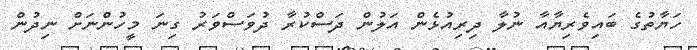
ހަޔާތުގެ ބައިވެރިޔާއާ ނުލާ ދިރިއުޅެން އަލުން ދަސްކުރާ ދުވަސްވަރު ގިނަ މީހުންނަށް ނިދުން